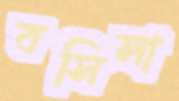
বসিলা